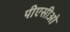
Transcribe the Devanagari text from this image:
पीएसीओ